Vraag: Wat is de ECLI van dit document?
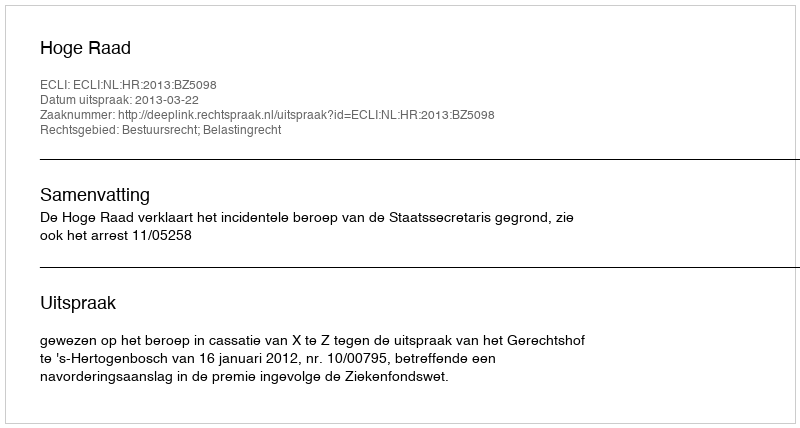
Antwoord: ECLI:NL:HR:2013:BZ5098